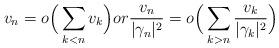
LaTeX: \begin{align*} v_{n} = o\Big(\sum_{k<n} v_k\Big) or \frac{v_n}{|\gamma_n|^2} = o\Big(\sum_{k>n} \frac{v_k}{|\gamma_k|^2}\Big)\end{align*}